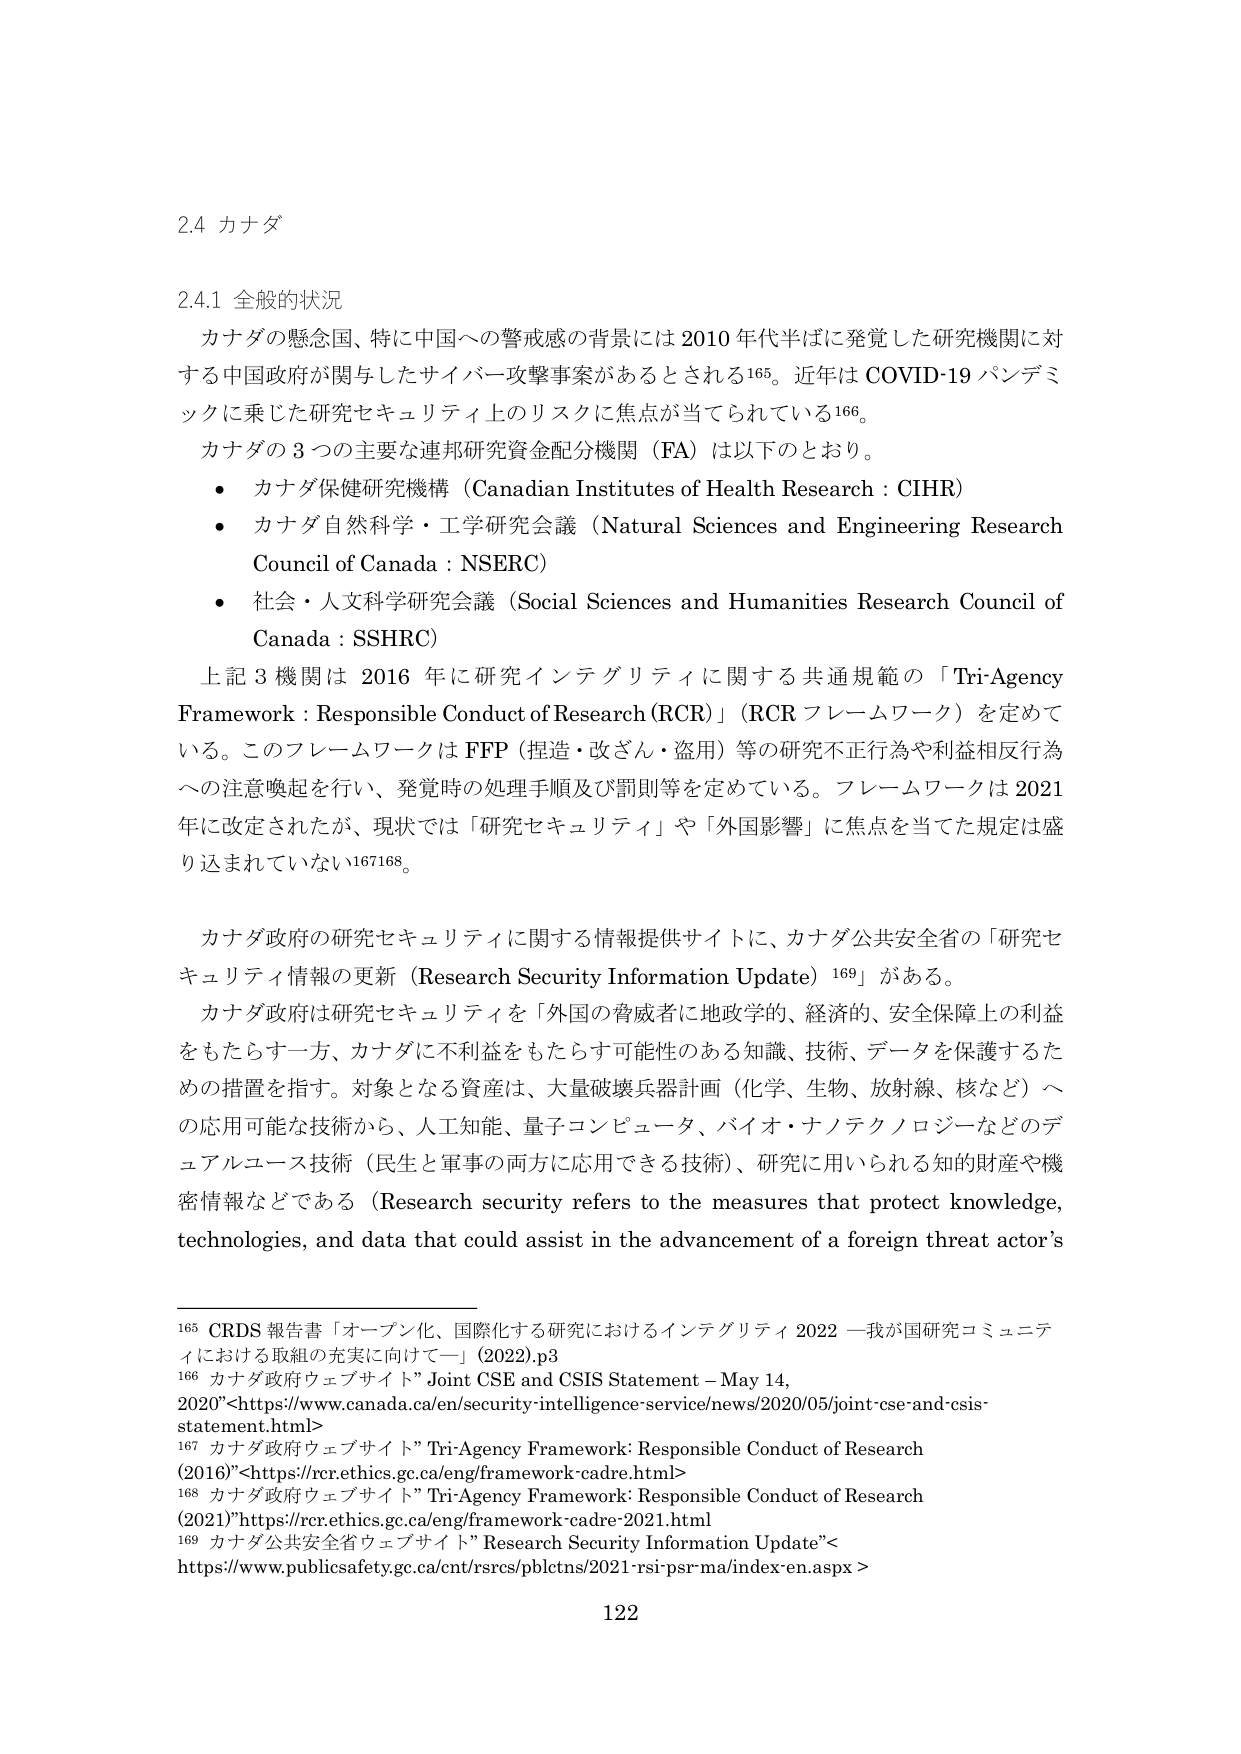
2.4 カナダ

2.4.1 全般的状況

カナダの懸念図、特に中国への警戒感の背景には 2010 年代半ばに発覚した研究機関に対する中国政府が関与したサイバー攻撃事案があるとされる¹⁶⁵。近年は COVID-19 パンデミックに乗じた研究セキュリティ上のリスクに焦点が当てられている¹⁶⁶。

カナダの 3 つの主要な連邦研究資金配分機関（FA）は以下のとおり。

- カナダ保健研究機構（Canadian Institutes of Health Research : CIHR）
- カナダ自然科学・工学研究会議（Natural Sciences and Engineering Research Council of Canada : NSERC）
- 社会・人文科学研究会議（Social Sciences and Humanities Research Council of Canada : SSHRC）

上記 3 機関は 2016 年に研究インテグリティに関する共通規範の「Tri-Agency Framework : Responsible Conduct of Research (RCR)」（RCR フレームワーク）を定めている。このフレームワークは FFP（捏造・改ざん・盗用）等の研究不正行為や利益相反行為への注意喚起を行い、発覚時の処理手順及び罰則等を定めている。フレームワークは 2021 年に改定されたが、現状では「研究セキュリティ」や「外国影響」に焦点を当てた規定は盛り込まれていない¹⁶⁷¹⁶⁸。

カナダ政府の研究セキュリティに関する情報提供サイトに、カナダ公共安全省の「研究セキュリティ情報の更新（Research Security Information Update）¹⁶⁹」がある。

カナダ政府は研究セキュリティを「外国の脅威者に地政学的、経済的、安全保障上の利益をもたらす一方、カナダに不利益をもたらす可能性のある知識、技術、データを保護するための措置を指す。対象となる資産は、大量破壊兵器計画（化学、生物、放射線、核など）への応用可能な技術から、人工知能、量子コンピュータ、バイオ・ナノテクノロジーなどのデュアルユース技術（民生と軍事の両方に応用できる技術）、研究に用いられる知的財産や機密情報などである（Research security refers to the measures that protect knowledge, technologies, and data that could assist in the advancement of a foreign threat actor's

¹⁶⁵ CRDS 報告書「オープン化、国際化する研究におけるインテグリティ 2022 —我が国研究コミュニティにおける取組の充実に向けて—」(2022),p3
¹⁶⁶ カナダ政府ウェブサイト”Joint CSE and CSIS Statement – May 14, 2020”<https://www.canada.ca/en/security-intelligence-service/news/2020/05/joint-cse-and-csis-statement.html>
¹⁶⁷ カナダ政府ウェブサイト”Tri-Agency Framework: Responsible Conduct of Research (2016)”<https://rcr.ethics.gc.ca/eng/framework-cadre.html>
¹⁶⁸ カナダ政府ウェブサイト”Tri-Agency Framework: Responsible Conduct of Research (2021)”<https://rcr.ethics.gc.ca/eng/framework-cadre-2021.html>
¹⁶⁹ カナダ公共安全省ウェブサイト”Research Security Information Update”<https://www.publicsafety.gc.ca/cnt/rsrcts/pblctns/2021-rsi-psr-ma/index-en.aspx>

122